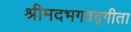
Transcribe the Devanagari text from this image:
श्रीमदभगवद्गीता